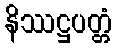
နိဿဋ္ဌပတ္တံ